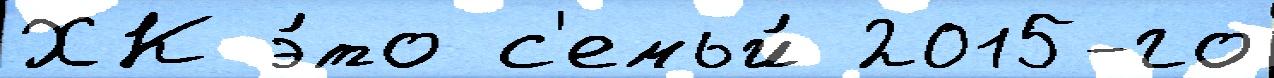
ХК э́то с'емьи́ 2015-го